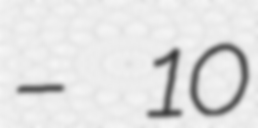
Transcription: – 10